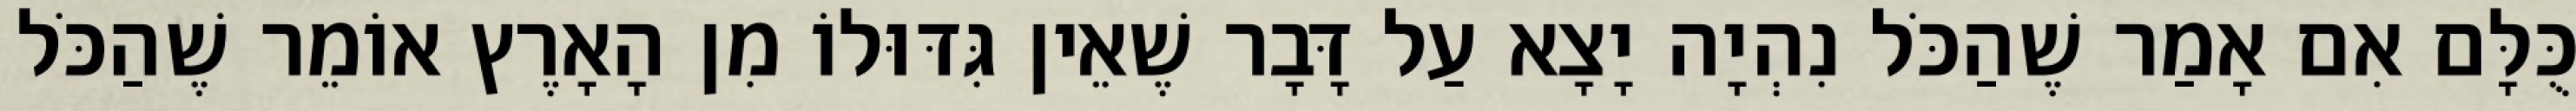
כֻּלָּם אִם אָמַר שֶׁהַכֹּל נִהְיָה יָצָא עַל דָּבָר שֶׁאֵין גִּדּוּלוֹ מִן הָאָרֶץ אוֹמֵר שֶׁהַכֹּל